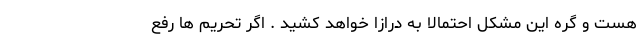
هست و گره این مشکل احتمالا به درازا خواهد کشید . اگر تحریم ها رفع